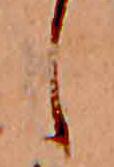
し